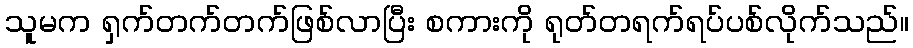
သူမက ရှက်တက်တက်ဖြစ်လာပြီး စကားကို ရုတ်တရက်ရပ်ပစ်လိုက်သည်။